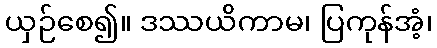
ယှဉ်စေ၍။ ဒဿယိကာမ၊ ပြကုန်အံ့၊